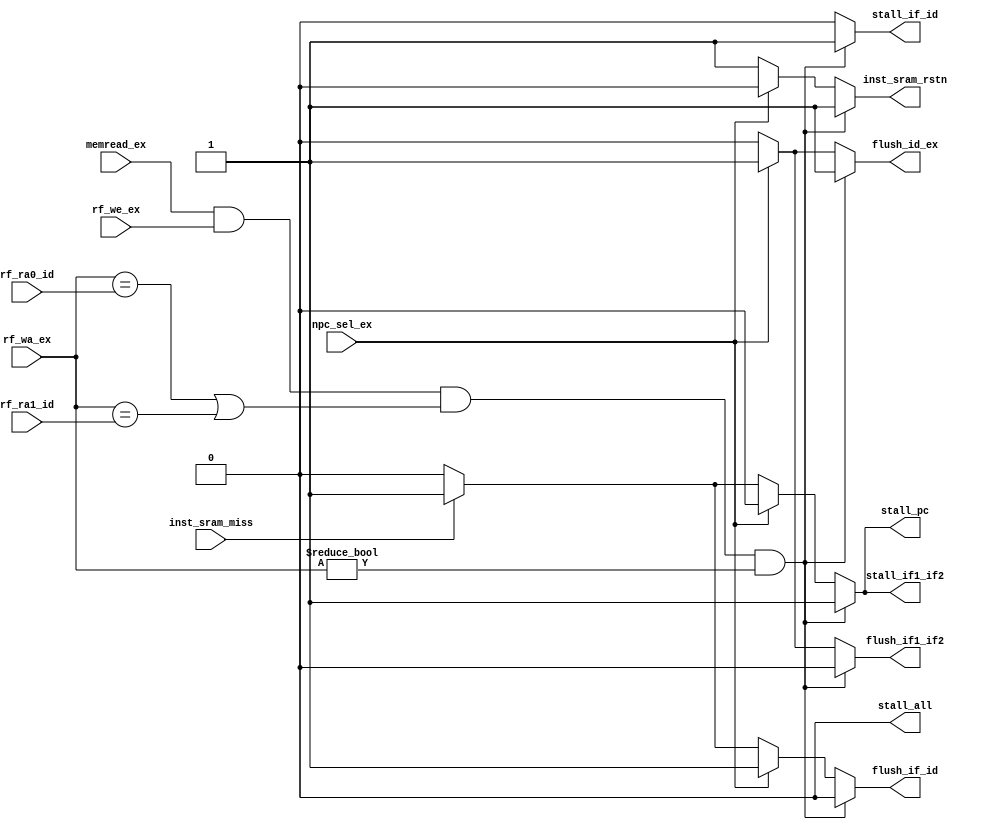
module hazard(
    input wire memread_ex,
    input wire rf_we_ex,
    input wire [4:0]rf_wa_ex,
    input wire [4:0]rf_ra0_id,
    input wire [4:0]rf_ra1_id,
    input wire npc_sel_ex,
    input wire inst_sram_miss,
    output reg inst_sram_rstn,
    output reg stall_pc,
    output reg stall_if1_if2,
    output reg stall_if_id,
    output reg flush_if1_if2,
    output reg flush_if_id,
    output reg flush_id_ex,
    output reg stall_all
);
always @(*)begin
    stall_if1_if2=1'b0;
    stall_pc=1'b0;
    stall_if_id=1'b0;
    flush_if1_if2=1'b0;
    flush_if_id=1'b0;
    flush_id_ex=1'b0;
    stall_all=1'b0;
    inst_sram_rstn=1'b1;
    if(memread_ex && rf_we_ex && (rf_wa_ex==rf_ra0_id || rf_wa_ex==rf_ra1_id) && (rf_wa_ex!=5'd0))begin//mem
        stall_pc=1'b1;
        stall_if_id=1'b1;
        stall_if1_if2=1'b1;
        flush_id_ex=1'b1;
    end
    else if(npc_sel_ex)begin//
        flush_id_ex=1'b1;
        flush_if_id=1'b1;
        flush_if1_if2=1'b1;
        inst_sram_rstn=1'b0;
    end
    else if(inst_sram_miss)begin
        // stall_all=1'b1;
        stall_pc=1'b1;
        stall_if1_if2=1'b1;
        flush_if_id=1'b1;
        // flush_if_id=stall_if_id?1'b0:1'b1;
    end
end
endmodule